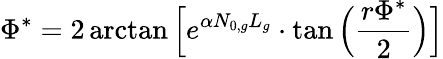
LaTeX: \Phi^{*}=2\arctan\Big[e^{\alpha N_{0,g}L_{g}}\cdot\tan\Big(\frac{r\Phi^{*}}{2}\Big)\Big]